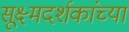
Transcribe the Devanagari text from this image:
सूक्ष्मदर्शकांच्या